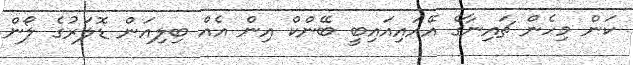
ކަން މިހެން ޗައިނާގެ އޭއައިއައިބީ ބޭންކް އިން އެއް ބިލިއަން ޑޮލަރުގެ ލޯން